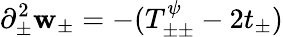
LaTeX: \partial_{\pm}^{2}\mathbf{w}_{\pm}=-(T_{\pm\pm}^{\psi}-2t_{\pm})